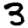
Digit: 3